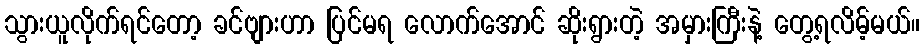
သွားယူလိုက်ရင်တော့ ခင်ဗျားဟာ ပြင်မရ လောက်အောင် ဆိုးရွားတဲ့ အမှားကြီးနဲ့ တွေ့ရလိမ့်မယ်။